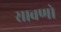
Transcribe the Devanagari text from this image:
सावणो